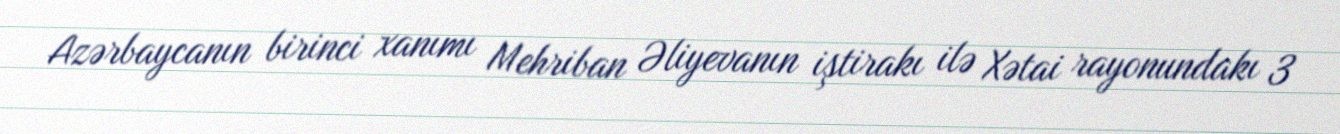
Azərbaycanın birinci xanımı Mehriban Əliyevanın iştirakı ilə Xətai rayonundakı 3